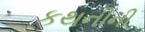
કથનીની